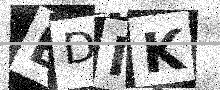
Text: BDIK